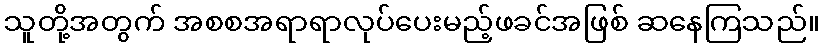
သူတို့အတွက် အစစအရာရာလုပ်ပေးမည့်ဖခင်အဖြစ် ဆနေကြသည်။